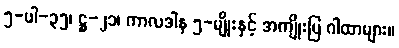
၅-ပါ-၃၅၊ ဋ္ဌ-၂၁၊ ကာလဒါန ၅-မျိုးနှင့် အကျိုးပြ ဂါထာများ။